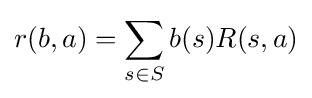
r(b,a)=\sum _{s\in S}b(s)R(s,a)